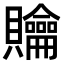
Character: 𧹊